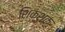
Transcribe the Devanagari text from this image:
शिक्शक्